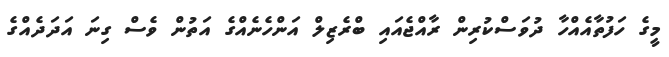
މީގެ ހަފުތާއެއްހާ ދުވަސްކުރިން ރާއްޖެއައި ބްރެޒިލް އަންހެނެއްގެ އަތުން ވެސް ގިނަ އަދަދެއްގެ